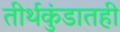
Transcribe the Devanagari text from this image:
तीर्थकुंडातही